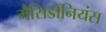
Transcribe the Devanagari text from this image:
मैसिडोनियंस